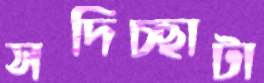
সদিচ্ছাটা